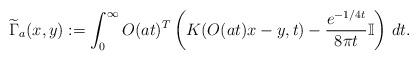
LaTeX: \begin{align*}\widetilde\Gamma_a(x,y):=\int_0^\infty O(at)^T\left(K(O(at)x-y,t)-\frac{e^{-1/4t}}{8\pi t}\mathbb I \right)\,dt.\end{align*}